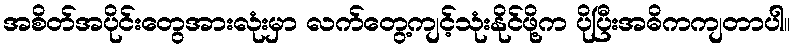
အစိတ်အပိုင်းတွေအားလုံးမှာ လက်တွေ့ကျင့်သုံးနိုင်ဖို့က ပိုပြီးအဓိကကျတာပါ။